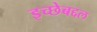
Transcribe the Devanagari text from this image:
इच्छेबद्दल